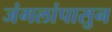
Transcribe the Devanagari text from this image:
जंगलांपासुन